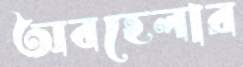
অবহেলার